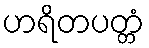
ဟရိတပတ္တံ